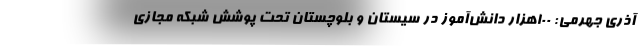
آذری جهرمی: ۱۰۰هزار دانش‌آموز در سیستان و بلوچستان تحت پوشش شبکه مجازی